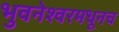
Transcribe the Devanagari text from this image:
भुवनेश्वरमधूनच